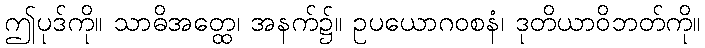
ဤပုဒ်ကို။ သာဓိအတ္ထေ၊ အနက်၌။ ဥပယောဂဝစနံ၊ ဒုတိယာဝိဘတ်ကို။